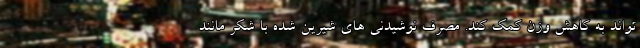
تواند به کاهش وزن کمک کند. مصرف نوشیدنی های شیرین شده با شکر مانند